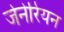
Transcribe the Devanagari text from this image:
जेनेरियन